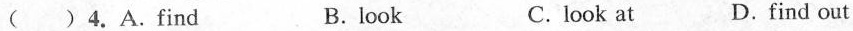
( )4.A.Find B.look C.look at D.find out